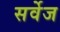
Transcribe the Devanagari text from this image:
सर्वेज